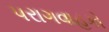
પરાગવાહકો